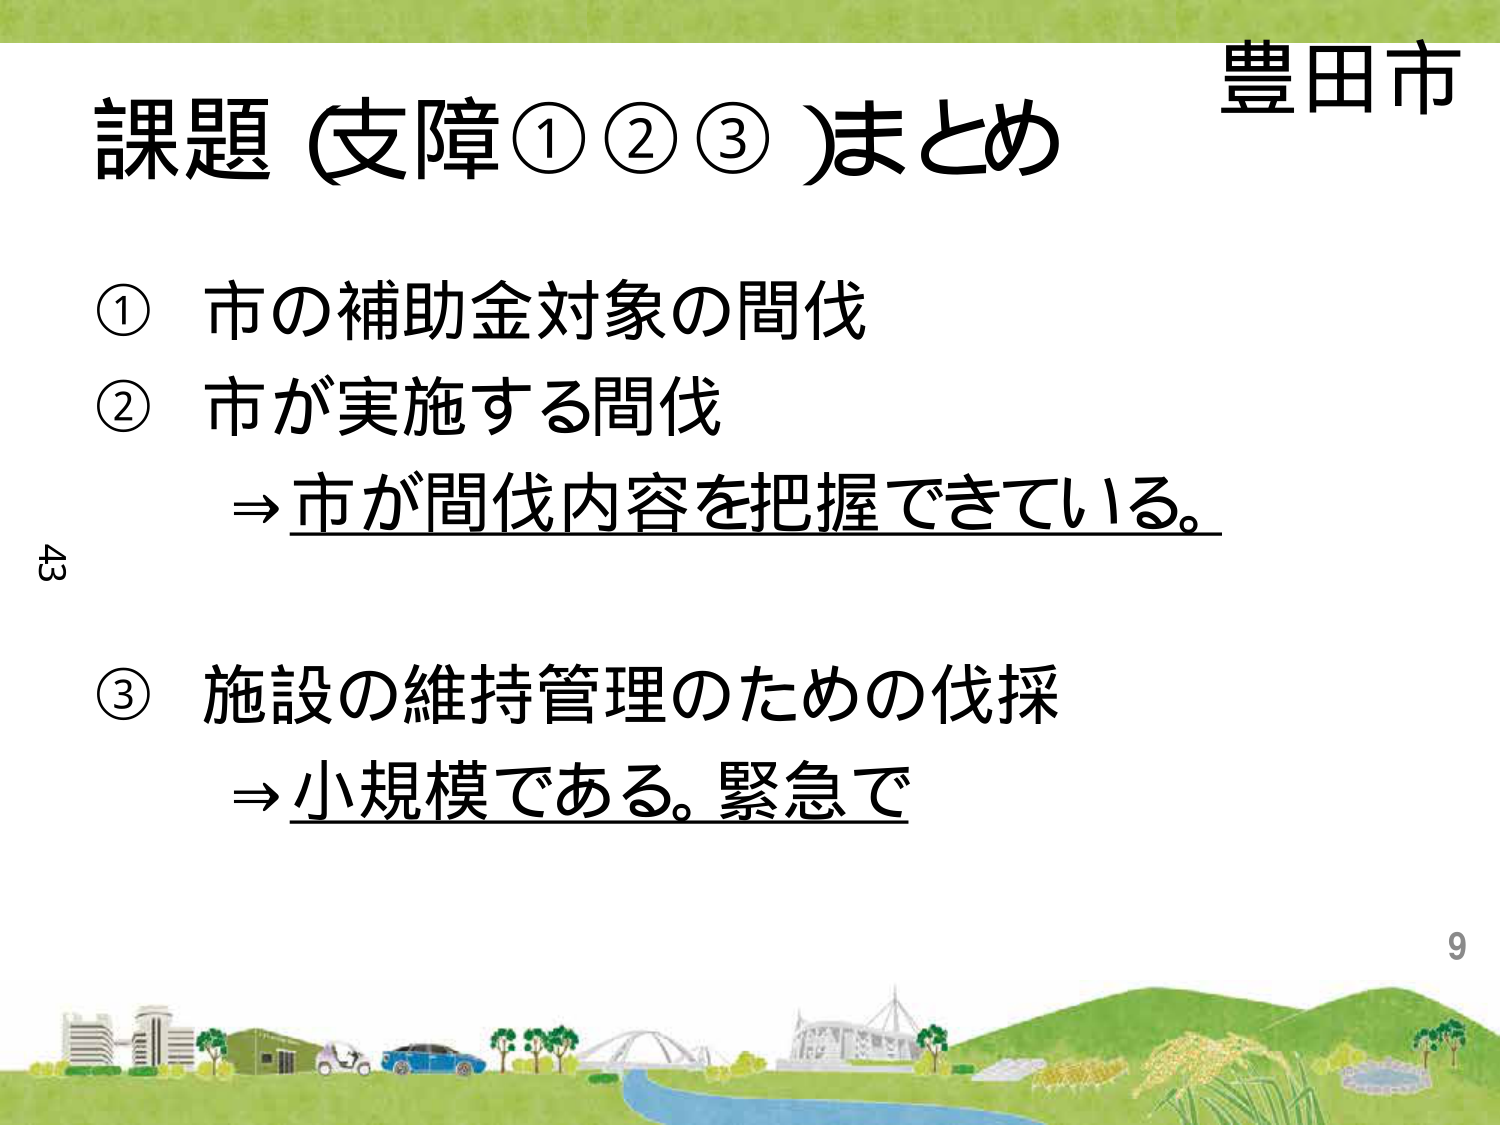
豊田市
課題（支障①②③）まとめ
① 市の補助金対象の間伐
② 市が実施する間伐
　⇒市が間伐内容を把握できている。
③ 施設の維持管理のための伐採
　⇒小規模である。緊急で
43
9